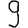
Digit: 9